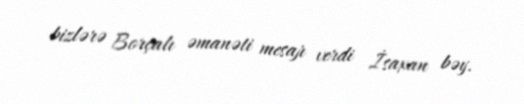
bizlərə Borçalı əmanəti mesajı verdi İsaxan bəy.